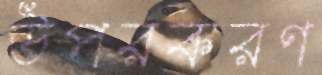
উপরকরণ